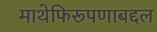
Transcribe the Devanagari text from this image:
माथेफिरूपणाबद्दल